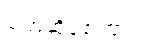
ပြောဆိုခဲ့ကြောင်း